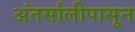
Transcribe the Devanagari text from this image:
अंतर्सालीपासून